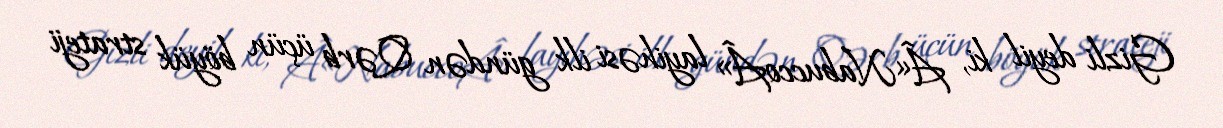
Gizli deyil ki, Â«NabuccoÂ» layihəsi ilk gündən Qərb üçün böyük strateji